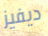
ديفيز